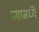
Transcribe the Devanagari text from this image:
ज्यामध्यॆ